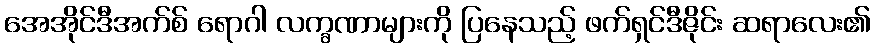
အေအိုင်ဒီအက်စ် ရောဂါ လက္ခဏာများကို ပြနေသည့် ဖက်ရှင်ဒီဇိုင်း ဆရာလေး၏